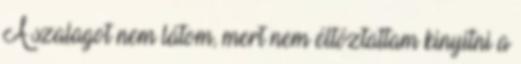
A szalagot nem látom, mert nem éltóztattam kinyitni a